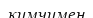
кимчимен